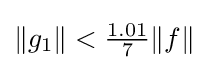
{\textstyle \|g_{1}\|<{\frac {1.01}{7}}\|f\|}